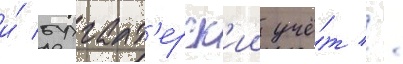
и́ бухгалт'ерск'ии учё́т //